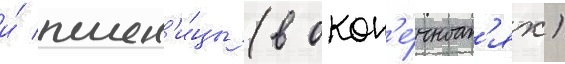
и́ пшен'и́цы (в окон'е́чност'ях)